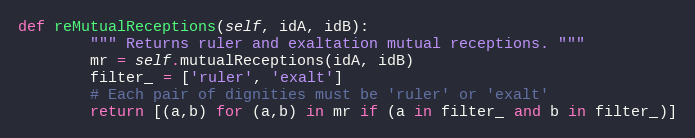
Language: Python
def reMutualReceptions(self, idA, idB):
        """ Returns ruler and exaltation mutual receptions. """
        mr = self.mutualReceptions(idA, idB)
        filter_ = ['ruler', 'exalt']
        # Each pair of dignities must be 'ruler' or 'exalt'
        return [(a,b) for (a,b) in mr if (a in filter_ and b in filter_)]